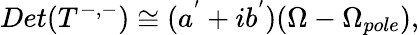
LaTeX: Det(T^{-,-})\cong(a^{'}+ib^{'})(\Omega-\Omega_{pole}),